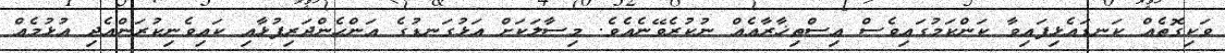
ވަކިގޮތެއް ކަނޑައެޅިފައިވާ ކަންކަމުގައިވެސް އިސްތިޚާރާއެއް ނުކުރެވޭނެއެވެ. މިސާލަކަށް އަޅުގަނޑުގެ އަންހެންދަރިފުޅާއި ކައިވެނިކުރަންއެދި އުޅުމެއް